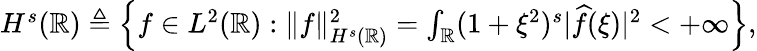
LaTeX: \begin{array}{r}{H^{s}(\mathbb R)\triangleq\left\{ f\in L^{2}(\mathbb R):\| f\| _{H^{s}(\mathbb R)}^{2}=\int_{\mathbb R}(1+\xi^{2})^{s}|\widehat{f}(\xi)|^{2}<+\infty\right\} ,}\end{array}